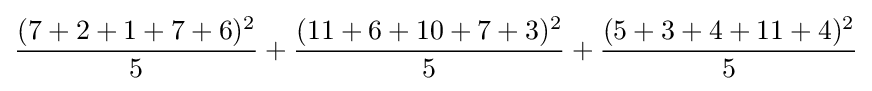
{\frac {(7+2+1+7+6)^{2}}{5}}+{\frac {(11+6+10+7+3)^{2}}{5}}+{\frac {(5+3+4+11+4)^{2}}{5}}